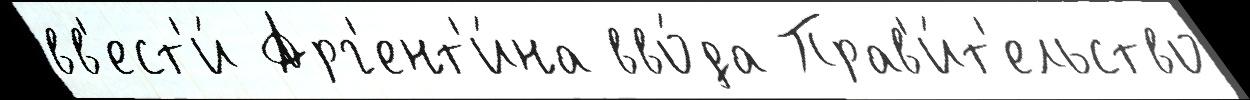
вв'ест'и́ Арг'ент'и́на вво́да Прав'и́т'ельство